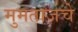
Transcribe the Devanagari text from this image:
मुमताजचे